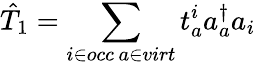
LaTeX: \hat{T}_{1}=\sum_{\substack{i\in occ\, a\in virt}}t_{a}^{i}a_{a}^{\dagger}a_{i}